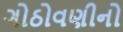
ગોઠોવણીનો